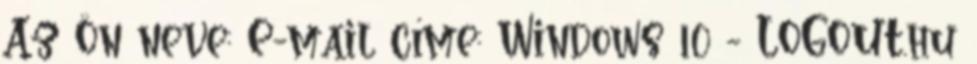
Az Ön neve: E-mail címe: Windows 10 - LOGOUT.hu